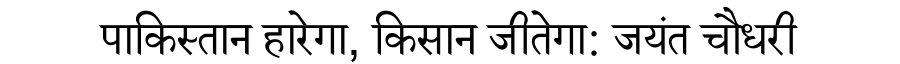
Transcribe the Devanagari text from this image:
पाकिस्तान हारेगा, किसान जीतेगा: जयंत चौधरी